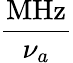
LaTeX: \frac{\textrm{MHz}}{\nu_{a}}